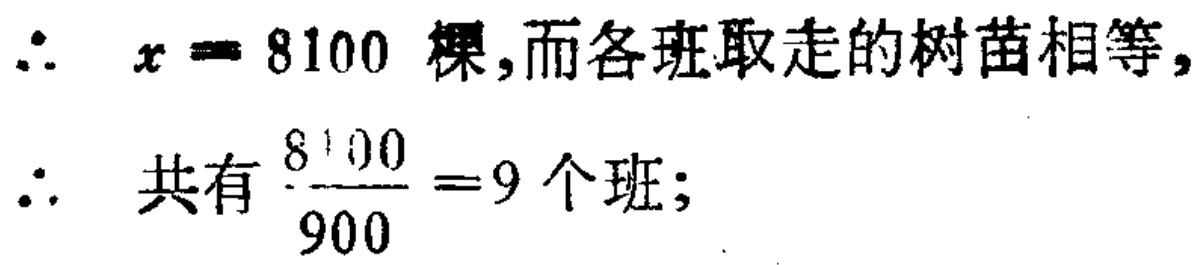
\(\therefore\ x = 8100\) 棵,而各班取走的树苗相等,
\(\therefore\) 共有 \(\frac{8100}{900}=9\) 个班;